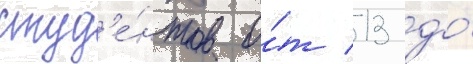
студ'е́нтов о́т 13 до́